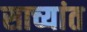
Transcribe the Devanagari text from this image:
साच्यांत